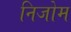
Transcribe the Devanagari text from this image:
निजोम